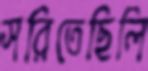
সরিতেছিলি